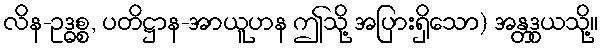
လိန-ဥဒ္ဓစ္စ, ပတိဋ္ဌာန-အာယူဟန ဤသို့ အပြားရှိသော) အန္တဒွယသို့။